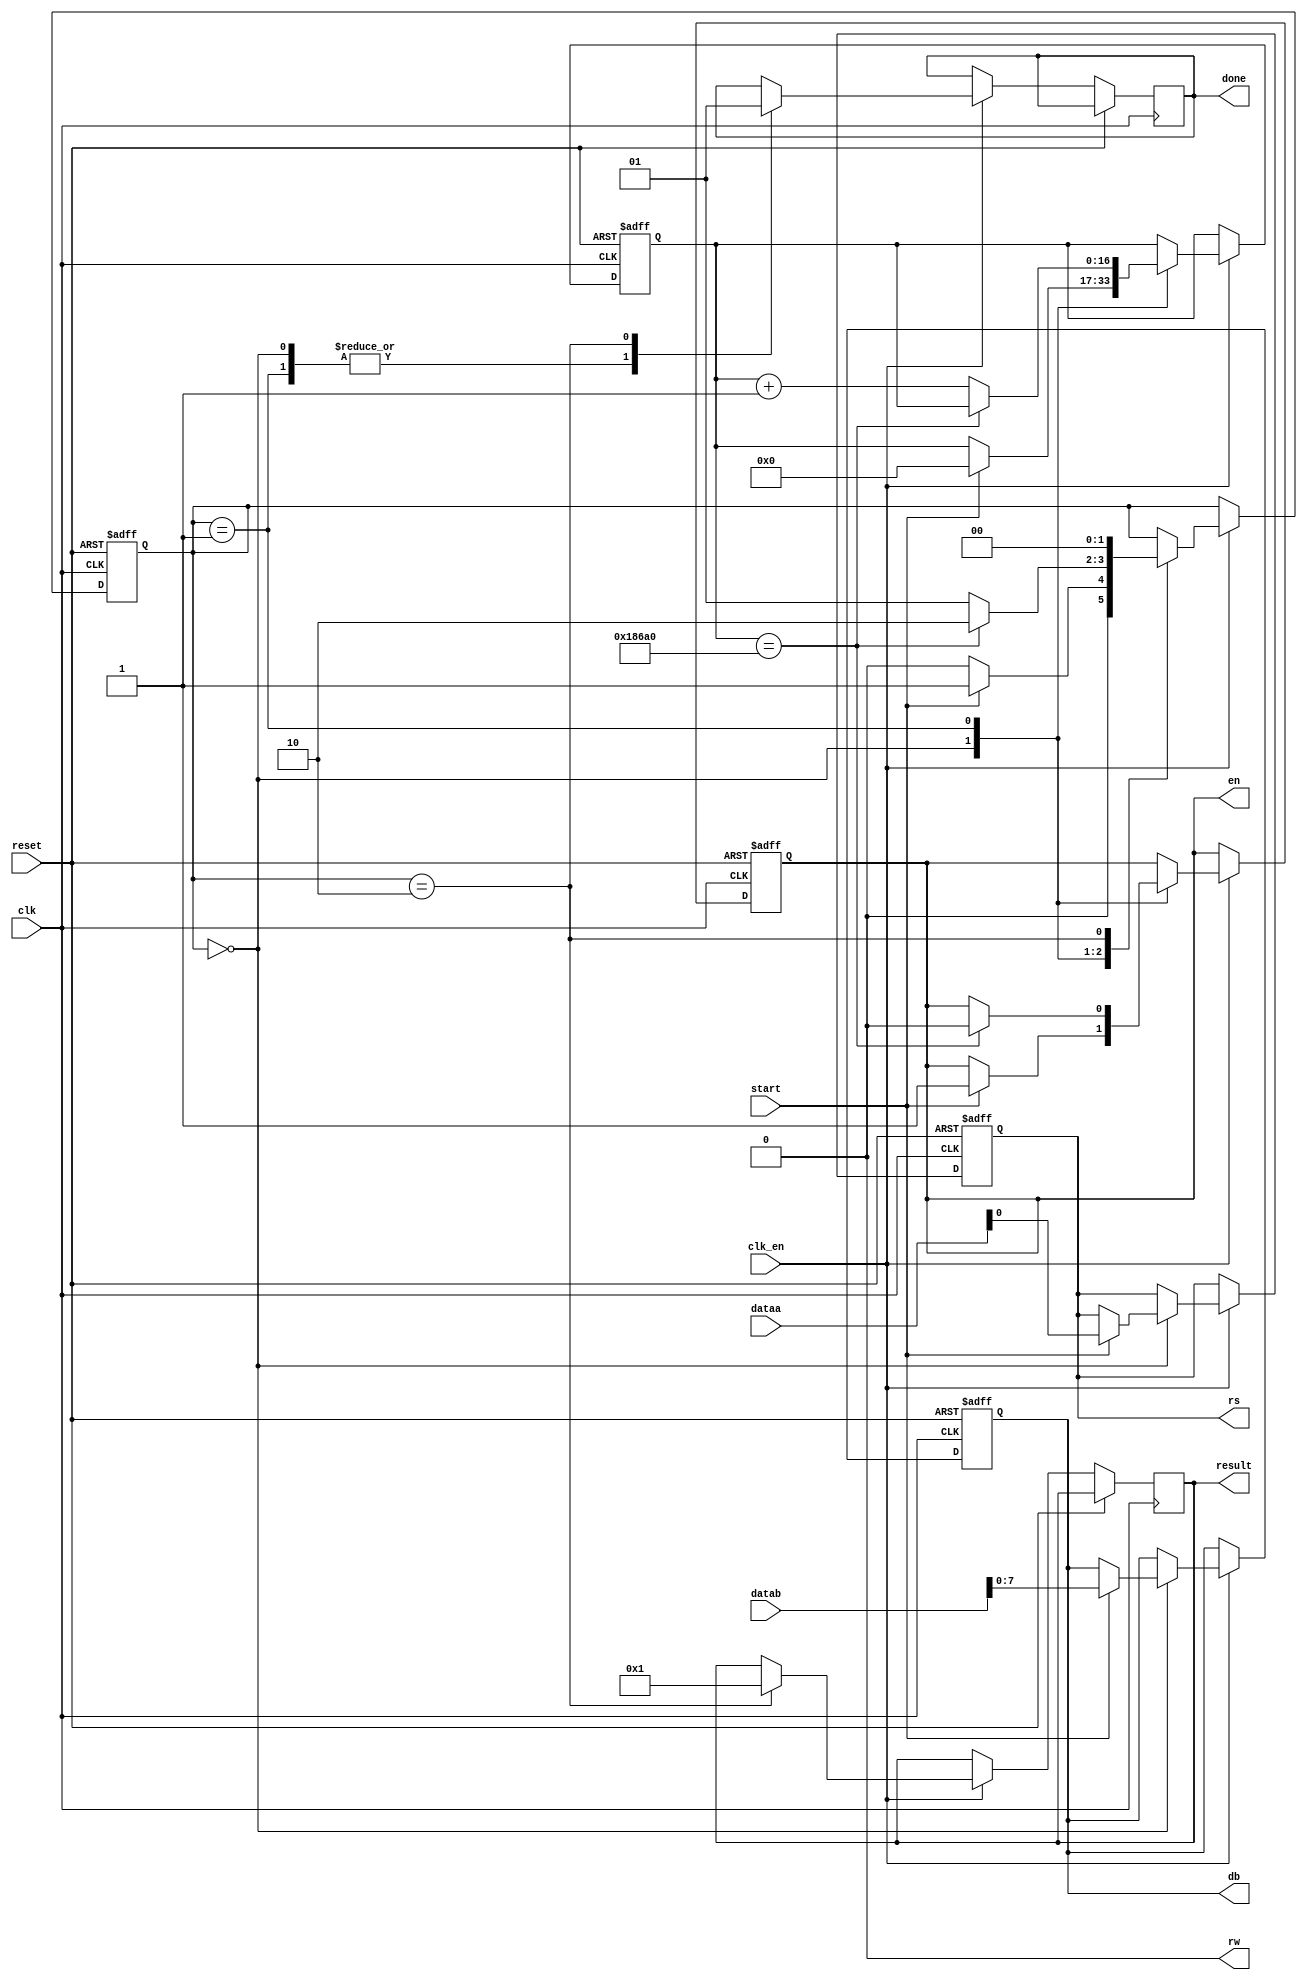
// Criando um mdulo onde os pinos de entrada e sada esto dentro dos parnteses
module lcd_driver (dataa, datab, result, clk, clk_en, start, reset, done, rs, rw, en, db);

	// Recebe um caractere por vez
	input [31:0] dataa; // Dados de instruo ou ao
	input [31:0] datab; // Dados para escrever no LCDs
	input clk;
	input clk_en;
	input start;
	input reset;
	
	output reg [31:0] result;
	output reg done;
	output reg rs;  // Informar para o LCD se est sendo enviado uma instruo ou dados
					//(0) - Instruo (1) - Dados
	output rw; // Read-Write, informar se est sendo feito leitura ou escrita no LCD
					//(0) - escrita (1) - leitura
	output reg en; // Sada enable
	output reg[7:0] db; // Sada de dados para o LCD

	// Atribuindo o pino rw
	// (Nmero de bits, Ser uma sequncia binria, Valor do bit) = 1'b0
	assign rw = 1'b0;
	
	// Criando um banco de registradores com 17 bits
	reg [16:0] contador;
	
	localparam idle = 0, working = 1, finish = 2;
	
	// Criando um registrador para salvar o estado
	reg [1:0] state;
	
	// Sempre que haver clock inicia
	always @ (posedge clk or posedge reset) begin
		if (reset) begin
			contador <= 17'd0;
			rs       <= 1'b0;
			en       <= 1'b0;
			db       <= 8'b0;
			state    <= 1'b0;
		end else begin
			if (clk_en) begin
				case (state)
					idle:begin
						done <= 1'b0;
						if (start) begin
							state <= working;
							rs <= dataa[0];
							db <= datab[7:0];
							contador <= 17'd0;
							en <= 1'b1;
						end else begin
							state <= idle;
						end
					end
					working:begin
						done <= 1'b0;
						if (contador == 17'd100_000) begin
							state <= finish;
							en    <= 1'b0;
						end else begin
							contador <= contador + 1'd1;
							state <= working;
						end
					end
					finish:begin
						done <= 1'b1;
						result <= 1'b1;
						state <= idle;
					end
				endcase
			end
		end
	end
	
endmodule